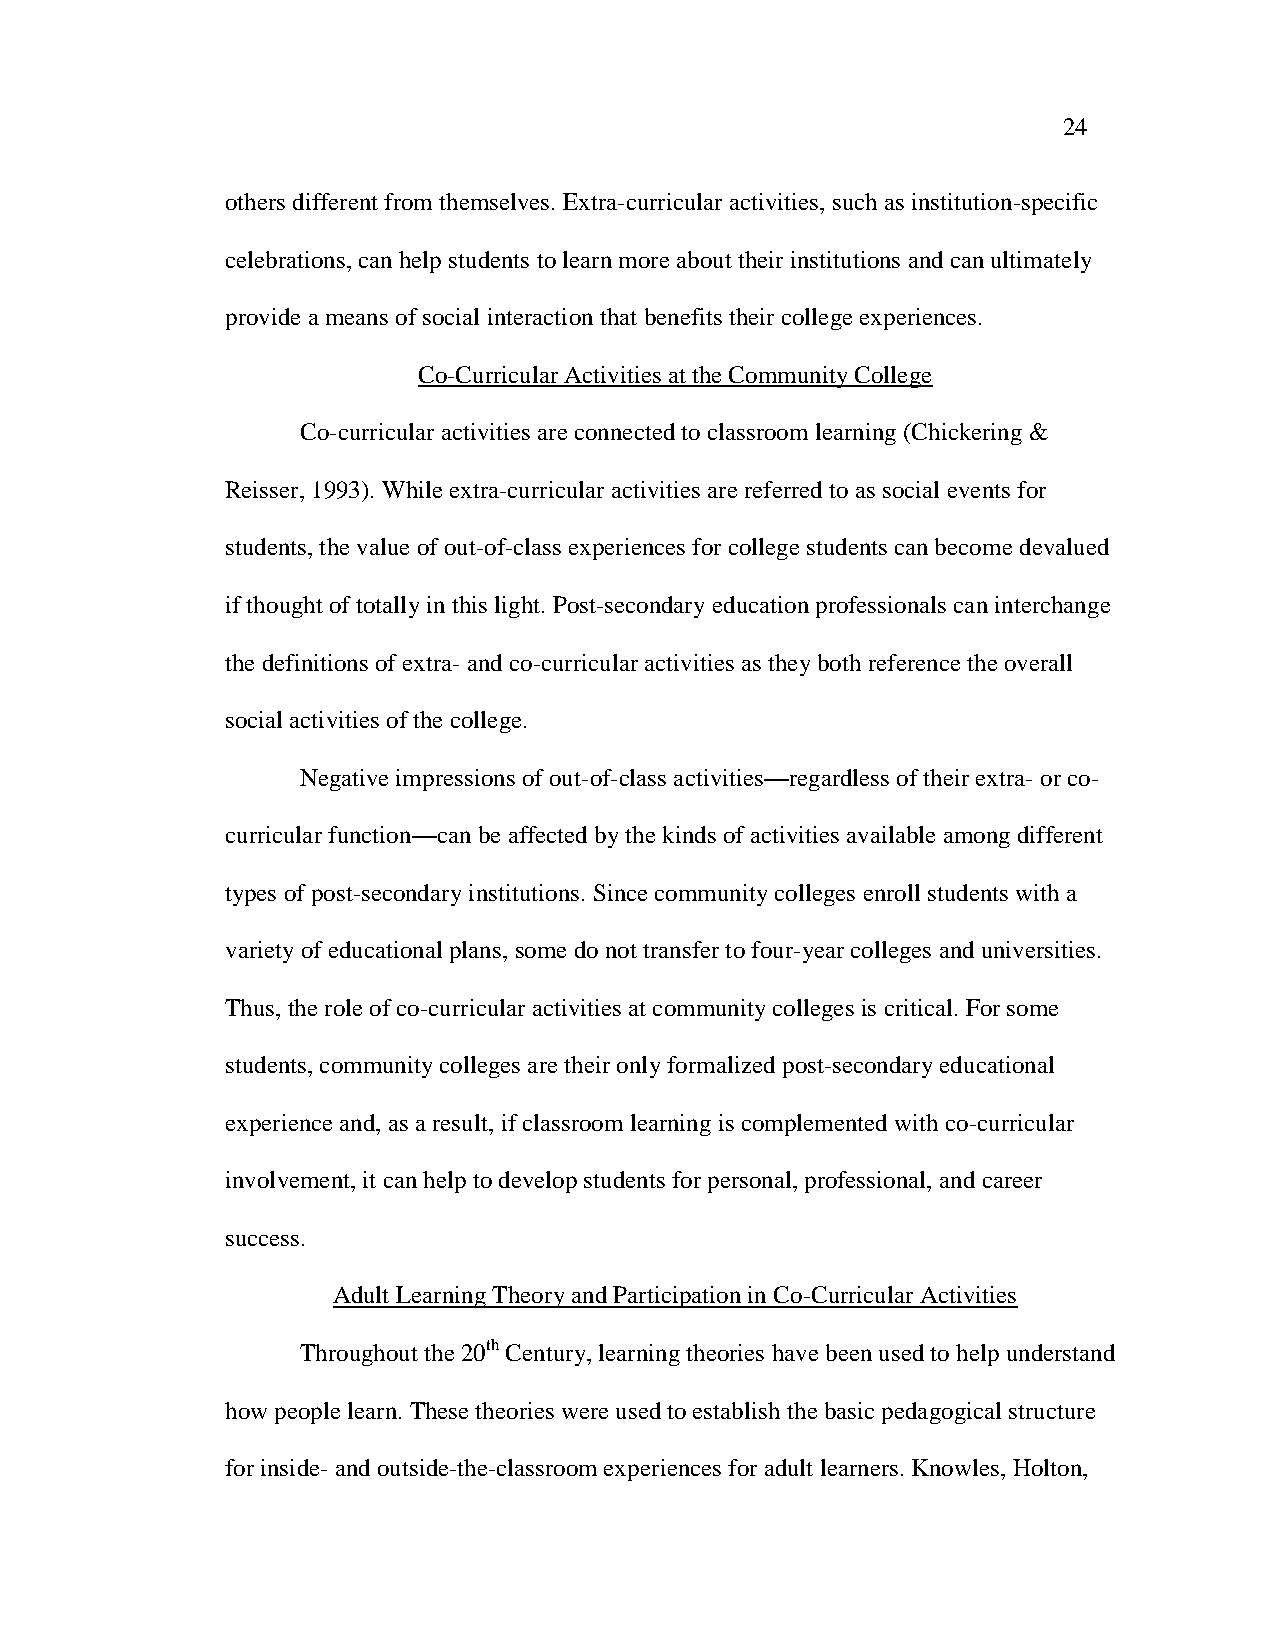
24
 others different from themselves. Extra-curricular activities, such as institution-specific
 celebrations, can help students to learn more about their institutions and can ultimately
 provide a means of social interaction that benefits their college experiences.
 Co-Curricular Activities at the Community College
 Co-curricular activities are connected to classroom learning (Chickering &
 Reisser, 1993). While extra-curricular activities are referred to as social events for
 students, the value of out-of-class experiences for college students can become devalued
 if thought of totally in this light. Post-secondary education professionals can interchange
 the definitions of extra- and co-curricular activities as they both reference the overall
 social activities of the college.
 Negative impressions of out-of-class activities—regardless of their extra- or co-
 curricular function—can be affected by the kinds of activities available among different
 types of post-secondary institutions. Since community colleges enroll students with a
 variety of educational plans, some do not transfer to four-year colleges and universities.
 Thus, the role of co-curricular activities at community colleges is critical. For some
 students, community colleges are their only formalized post-secondary educational
 experience and, as a result, if classroom learning is complemented with co-curricular
 involvement, it can help to develop students for personal, professional, and career
 success.
 Adult Learning Theory and Participation in Co-Curricular Activities
 Throughout the 20th Century, learning theories have been used to help understand
 how people learn. These theories were used to establish the basic pedagogical structure
 for inside- and outside-the-classroom experiences for adult learners. Knowles, Holton,